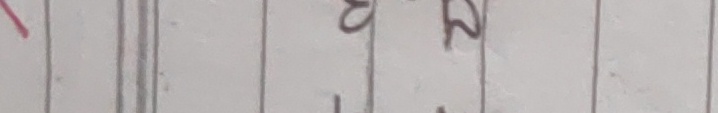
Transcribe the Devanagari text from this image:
६२